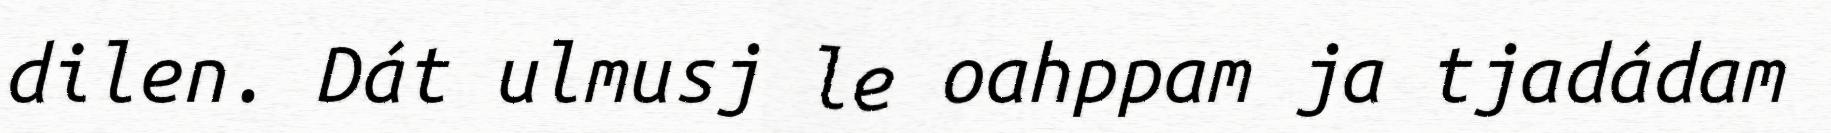
dilen. Dát ulmusj le oahppam ja tjadádam